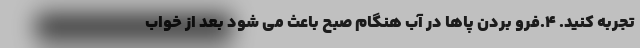
تجربه کنید. 4.فرو بردن پاها در آب هنگام صبح باعث می شود بعد از خواب